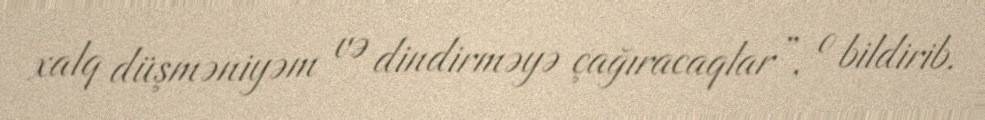
xalq düşməniyəm və dindirməyə çağıracaqlar”, o bildirib.